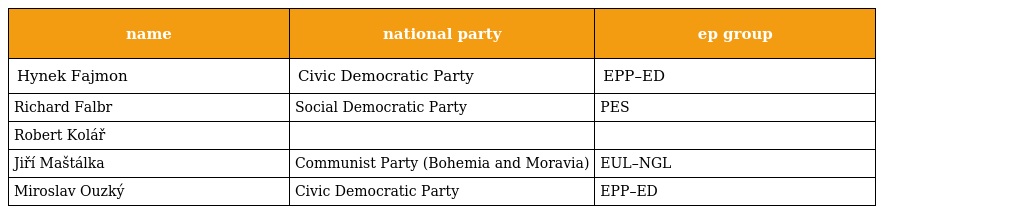
| name | national party | ep group |
 | --- | --- | --- |
 | Hynek Fajmon | Civic Democratic Party | EPP–ED |
 | Richard Falbr | Social Democratic Party | PES |
 | Robert Kolář |  |  |
 | Jiří Maštálka | Communist Party (Bohemia and Moravia) | EUL–NGL |
 | Miroslav Ouzký | Civic Democratic Party | EPP–ED |